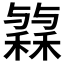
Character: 𱶟